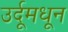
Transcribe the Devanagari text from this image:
उर्दूमधून